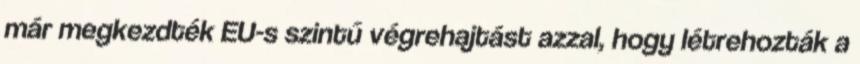
már megkezdték EU-s szintű végrehajtást azzal, hogy létrehozták a